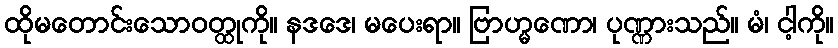
ထိုမတောင်းသောဝတ္ထုကို။ နဒဒေ၊ မပေးရာ။ ဗြာဟ္မဏော၊ ပုဏ္ဏားသည်။ မံ၊ ငါ့ကို။